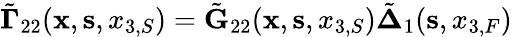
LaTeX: \tilde{\mathbf\Gamma}_{22}({\mathbf x},{\mathbf s},x_{3,S})=\tilde{\mathbf G}_{22}({\mathbf x},{\mathbf s},x_{3,S})\tilde{\mathbf\Delta}_{1}({\mathbf s},x_{3,F})